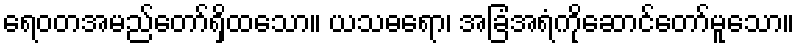
ရေဝတအမည်တော်ရှိထသော။ ယသဓရော၊ အခြံအရံကိုဆောင်တော်မူသော။